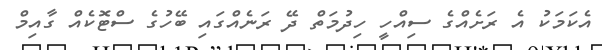
އެކަމަކު އެ ރަށެއްގެ ސިއްހީ ހިދުމަތް ދޭ ރަނެއްގައި ބޭހުގެ ސްޓޮކެއް ގާއިމް